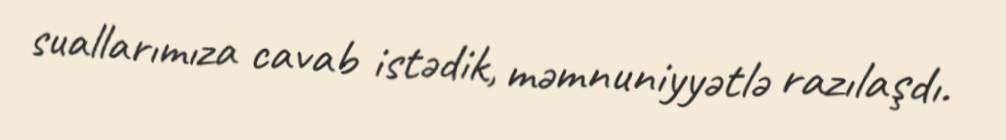
suallarımıza cavab istədik, məmnuniyyətlə razılaşdı.